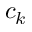
c _ { k }